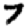
Digit: 7